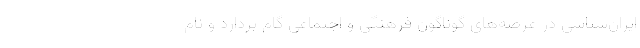
ایران‌شناسی در عرصه‌های گوناگون فرهنگی و اجتماعی گام بردارد و نام